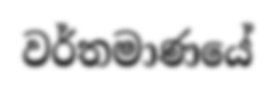
වර්තමාණයේ